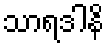
သာရဒါနိ